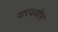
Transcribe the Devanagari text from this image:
वारवडोस